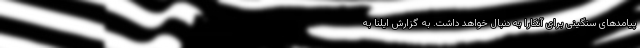
پیامدهای سنگینی برای آنکارا به دنبال خواهد داشت. به گزارش ایلنا به